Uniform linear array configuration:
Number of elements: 24
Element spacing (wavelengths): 0.75
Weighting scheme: binomial
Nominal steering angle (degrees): -60
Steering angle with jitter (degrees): -59.926
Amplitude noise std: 0.05
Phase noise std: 0.05

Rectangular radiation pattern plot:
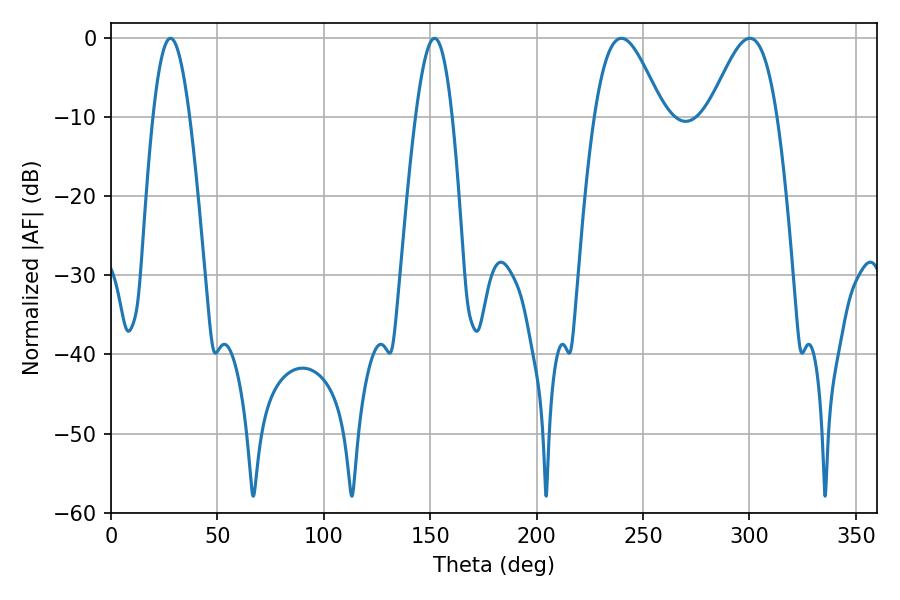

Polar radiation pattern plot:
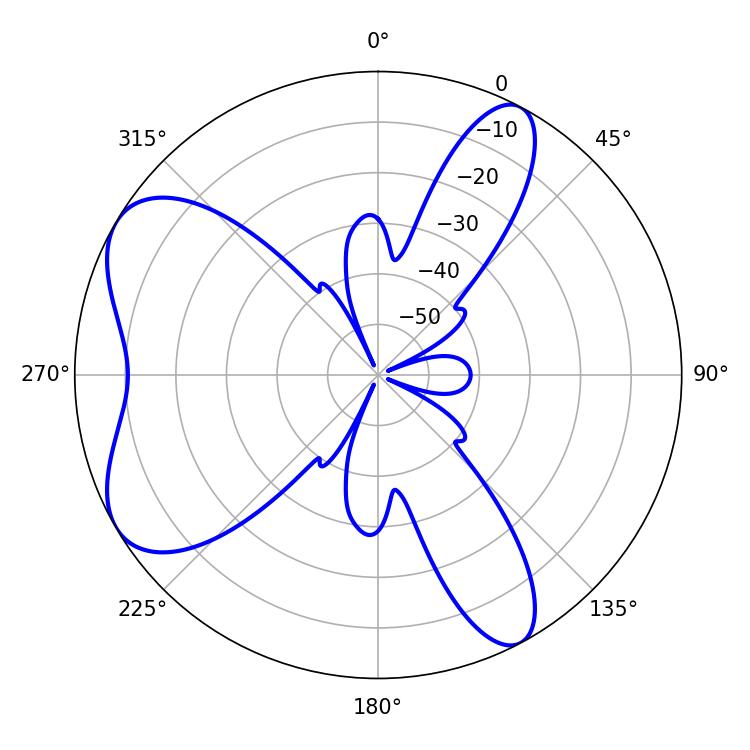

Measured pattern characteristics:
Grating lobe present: TRUE
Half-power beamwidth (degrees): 17.1
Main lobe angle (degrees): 239.76